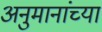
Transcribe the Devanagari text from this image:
अनुमानांच्या